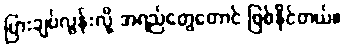
ပြားချပ်လွန်းလို့ အရည်တွေတောင် ဖြစ်နိုင်တယ်။